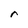
Character: r